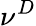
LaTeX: \nu^{D}